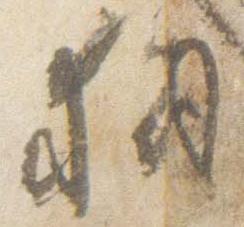
執